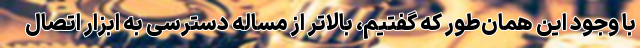
با وجود این همان‌طور که گفتیم، بالاتر از مساله دسترسی به ابزار اتصال